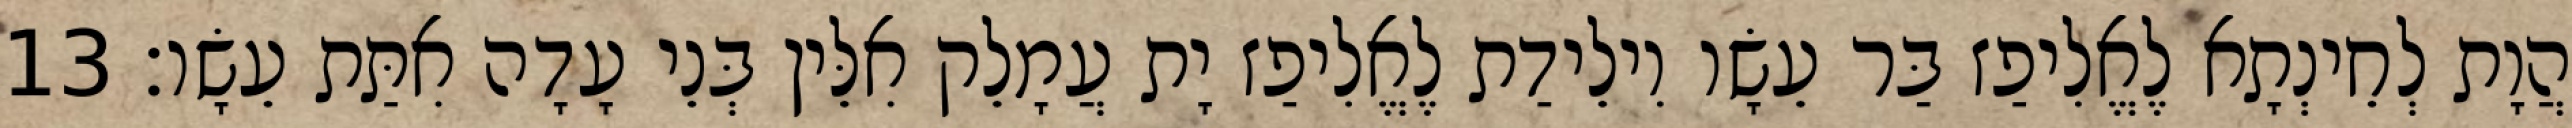
הֲוָת לְחֵינְתָא לֶאֱלִיפַז בַּר עֵשָׂו וִילֵידַת לֶאֱלִיפַז יָת עֲמָלֵק אִלֵּין בְּנֵי עָדָה אִתַּת עֵשָׂו׃ 13